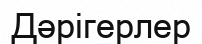
Дәрігерлер